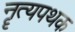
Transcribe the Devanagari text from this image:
नॄत्यपथक